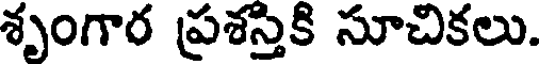
శృంగార ప్రశస్తికి సూచికలు.